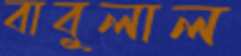
বাবুলাল